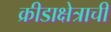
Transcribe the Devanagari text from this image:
क्रीडाक्षेत्राची